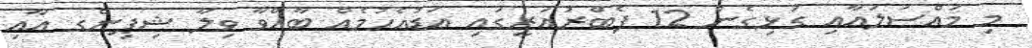
މި މައްސަލައާއި ގުޅިގެން 12 ފެބްރުއަރީގައި އަޑުއެހުމެއް ބާއްވާ ވިލާ ޝިޕިންގ އާއި